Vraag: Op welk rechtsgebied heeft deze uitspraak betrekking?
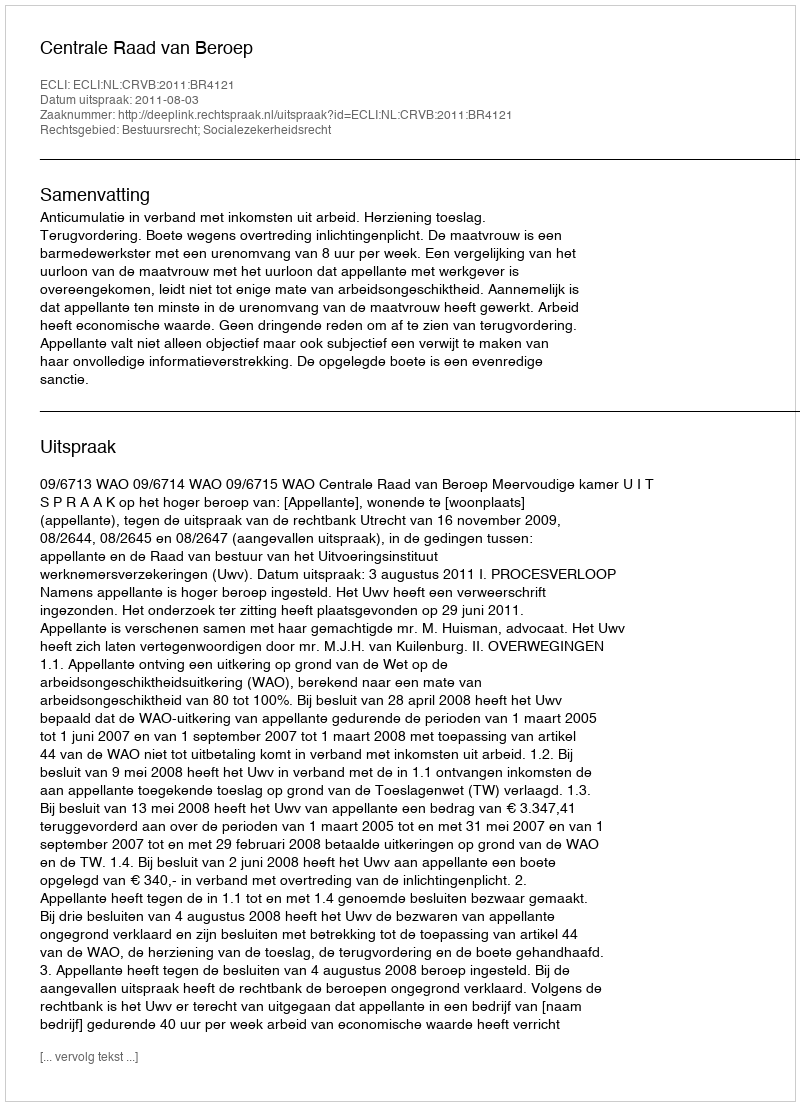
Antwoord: Bestuursrecht; Socialezekerheidsrecht